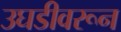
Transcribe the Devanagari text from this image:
उघडीवरून